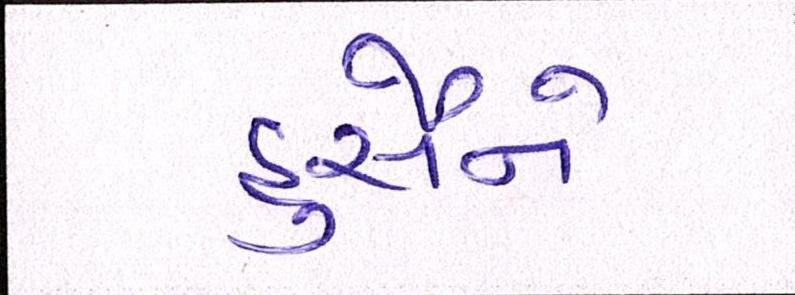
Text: હુસૈને